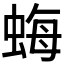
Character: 𧋟